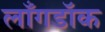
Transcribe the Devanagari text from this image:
लाँगडॉक